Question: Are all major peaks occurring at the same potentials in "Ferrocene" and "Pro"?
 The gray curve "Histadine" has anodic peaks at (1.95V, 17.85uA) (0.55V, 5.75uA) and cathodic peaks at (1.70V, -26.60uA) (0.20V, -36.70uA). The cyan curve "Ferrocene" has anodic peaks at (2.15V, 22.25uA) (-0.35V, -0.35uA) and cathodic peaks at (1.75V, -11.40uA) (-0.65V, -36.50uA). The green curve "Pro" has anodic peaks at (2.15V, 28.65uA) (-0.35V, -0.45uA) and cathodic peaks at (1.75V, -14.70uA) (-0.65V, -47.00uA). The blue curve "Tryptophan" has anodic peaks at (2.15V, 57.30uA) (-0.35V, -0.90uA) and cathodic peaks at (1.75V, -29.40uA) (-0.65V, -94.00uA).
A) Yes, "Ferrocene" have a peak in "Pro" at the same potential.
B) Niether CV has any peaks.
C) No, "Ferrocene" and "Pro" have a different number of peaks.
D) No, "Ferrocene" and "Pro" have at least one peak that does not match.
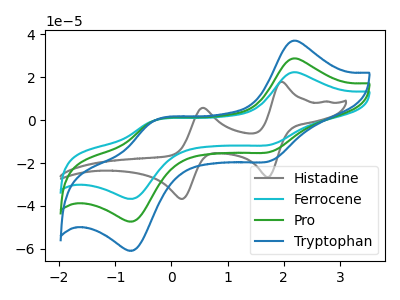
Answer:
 <answer>A) Yes, "Ferrocene" have a peak in "Pro" at the same potential.</answer>
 <eval>A</eval>